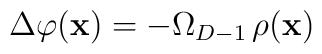
\Delta\varphi ({\bf x})=-\Omega_{D-1}\,\rho({\bf x})